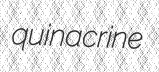
quinacrine